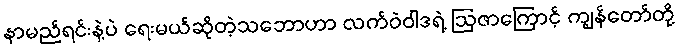
နာမည်ရင်းနဲ့ပဲ ရေးမယ်ဆိုတဲ့သဘောဟာ လက်ဝဲဝါဒရဲ့ ဩဇာကြောင့် ကျွန်တော်တို့